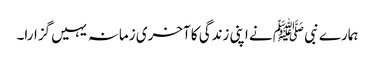
ہمارے نبی ﷺ نے اپنی زندگی کا آخری زمانہ یہیں گزارا۔